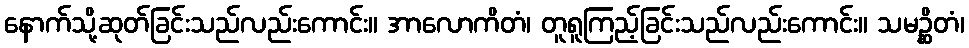
နောက်သို့ဆုတ်ခြင်းသည်လည်းကောင်း။ အာလောကိတံ၊ တူရူကြည့်ခြင်းသည်လည်းကောင်း။ သမဉ္ဆိတံ၊